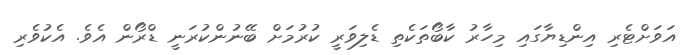
އަވަށްޓެރި އިންޑިޔާގައި މިހާރު ކާބޯތަކެތި ޑެލިވަރީ ކުރުމަށް ބޭނުންކުރަނީ ޑްރޯން އެވެ. އެކުވެރި